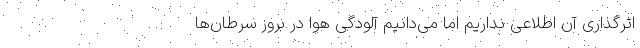
اثرگذاری آن اطلاعی نداریم اما می‌دانیم آلودگی هوا در بروز سرطان‌ها